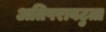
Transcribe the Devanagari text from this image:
अतिपरावटुता